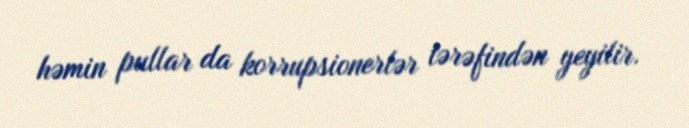
həmin pullar da korrupsionerlər tərəfindən yeyilir.